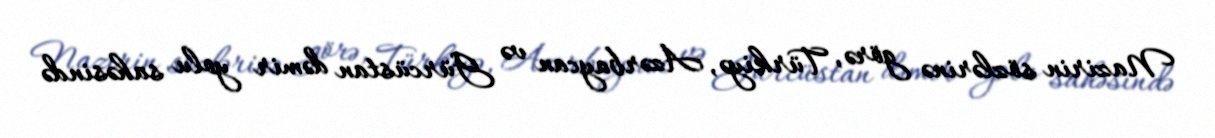
Nazirin sözlərinə görə, Türkiyə, Azərbaycan və Gürcüstan dəmir yolu sahəsində